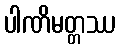
ပါဏိမတ္တဿ